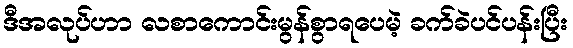
ဒီအလုပ်ဟာ လစာကောင်းမွန်စွာရပေမဲ့ ခက်ခဲပင်ပန်းပြီး